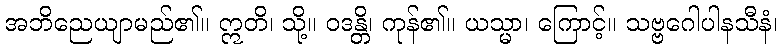
အဘိညေယျာမည်၏။ ဣတိ၊ သို့။ ဝဒန္တိ၊ ကုန်၏။ ယသ္မာ၊ ကြောင့်။ သဗ္ဗဂေါပါနသီနံ၊